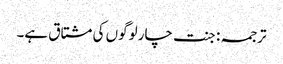
ترجمہ : جنت چار لوگوں کی مشتاق ہے۔